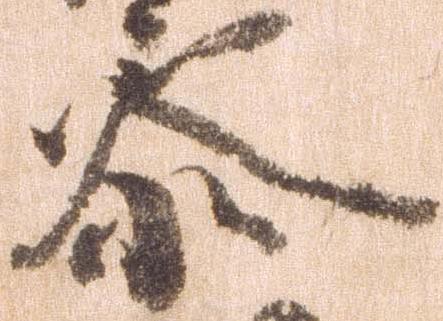
参